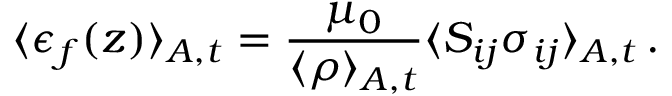
\langle \epsilon _ { f } ( z ) \rangle _ { A , t } = \frac { \mu _ { 0 } } { \langle \rho \rangle _ { A , t } } \langle S _ { i j } \sigma _ { i j } \rangle _ { A , t } \, .